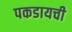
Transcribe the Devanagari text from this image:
पकडायची